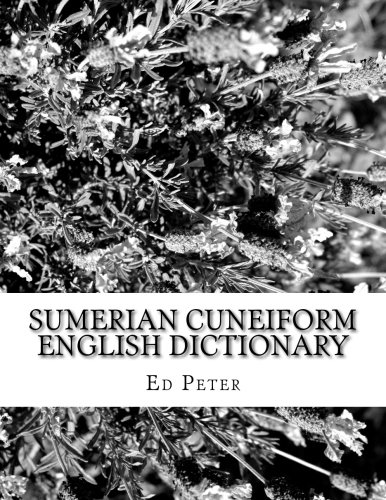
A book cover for Sumerian Cuneiform English Dictionary; Ed Peter; History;